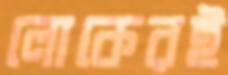
লোকেরই